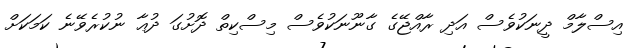
އިސްލާމް ދީނަކުވެސް އަދި ރާއްޖޭގެ ގާނޫނަކުވެސް މިސްކިތް ދޮށުގަ ދުޢާ ނުކުރެވޭނެ ކަމަކަށް